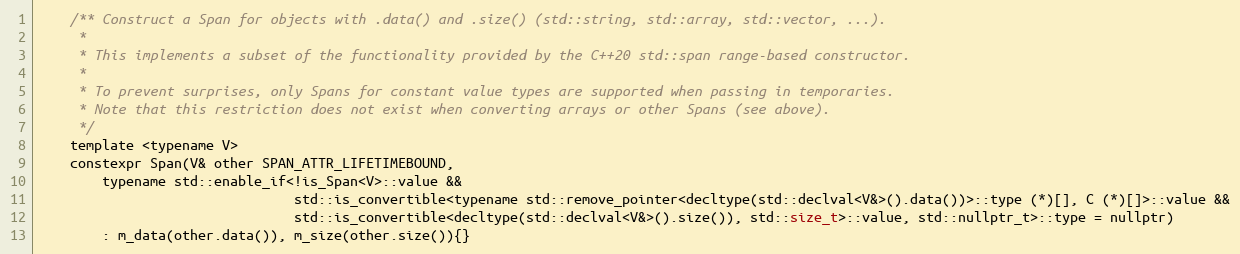
Language: C
    /** Construct a Span for objects with .data() and .size() (std::string, std::array, std::vector, ...).
     *
     * This implements a subset of the functionality provided by the C++20 std::span range-based constructor.
     *
     * To prevent surprises, only Spans for constant value types are supported when passing in temporaries.
     * Note that this restriction does not exist when converting arrays or other Spans (see above).
     */
    template <typename V>
    constexpr Span(V& other SPAN_ATTR_LIFETIMEBOUND,
        typename std::enable_if<!is_Span<V>::value &&
                                std::is_convertible<typename std::remove_pointer<decltype(std::declval<V&>().data())>::type (*)[], C (*)[]>::value &&
                                std::is_convertible<decltype(std::declval<V&>().size()), std::size_t>::value, std::nullptr_t>::type = nullptr)
        : m_data(other.data()), m_size(other.size()){}